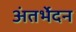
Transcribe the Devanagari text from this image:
अंतर्भेदन